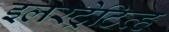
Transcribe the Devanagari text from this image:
इलस्ट्रेटिव्ह